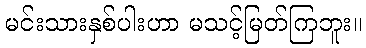
မင်းသားနှစ်ပါးဟာ မသင့်မြတ်ကြဘူး။